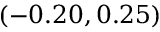
( - 0 . 2 0 , 0 . 2 5 )